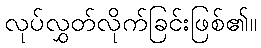
လုပ်လွှတ်လိုက်ခြင်းဖြစ်၏။